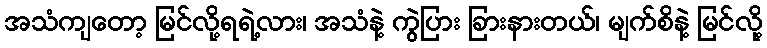
အသံကျတော့ မြင်လို့ရရဲ့လား၊ အသံနဲ့ ကွဲပြား ခြားနားတယ်၊ မျက်စိနဲ့ မြင်လို့